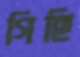
গিছি